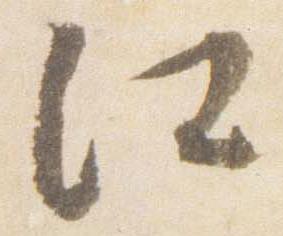
江